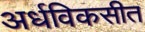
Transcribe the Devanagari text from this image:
अर्धविकसीत